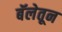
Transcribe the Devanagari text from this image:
बॅलेतून